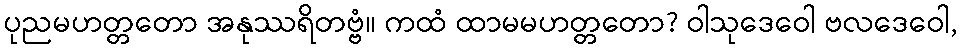
ပုညမဟတ္တတော အနုဿရိတဗ္ဗံ။ ကထံ ထာမမဟတ္တတော? ဝါသုဒေဝေါ ဗလဒေဝေါ,